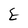
Character: E